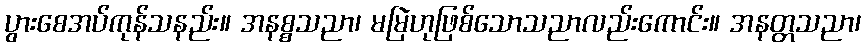
ပွားစေအပ်ကုန်သနည်း။ အနစ္စသညာ၊ မမြဲဟုဖြစ်သောသညာလည်းကောင်း။ အနတ္တသညာ၊